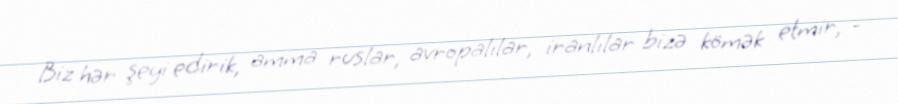
Biz hər şeyi edirik, amma ruslar, avropalılar, iranlılar bizə kömək etmir, -